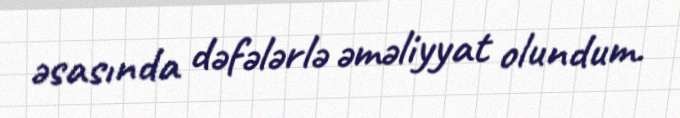
əsasında dəfələrlə əməliyyat olundum.